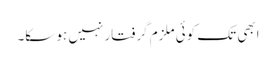
ابھی تک کوئی ملزم گرفتار نہیں ہو سکا۔